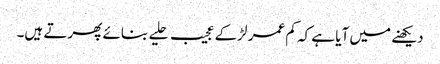
دیکھنے میں آیا ہے کہ کم عمر لڑکے عجیب حلیے بنائے پھرتے ہیں۔